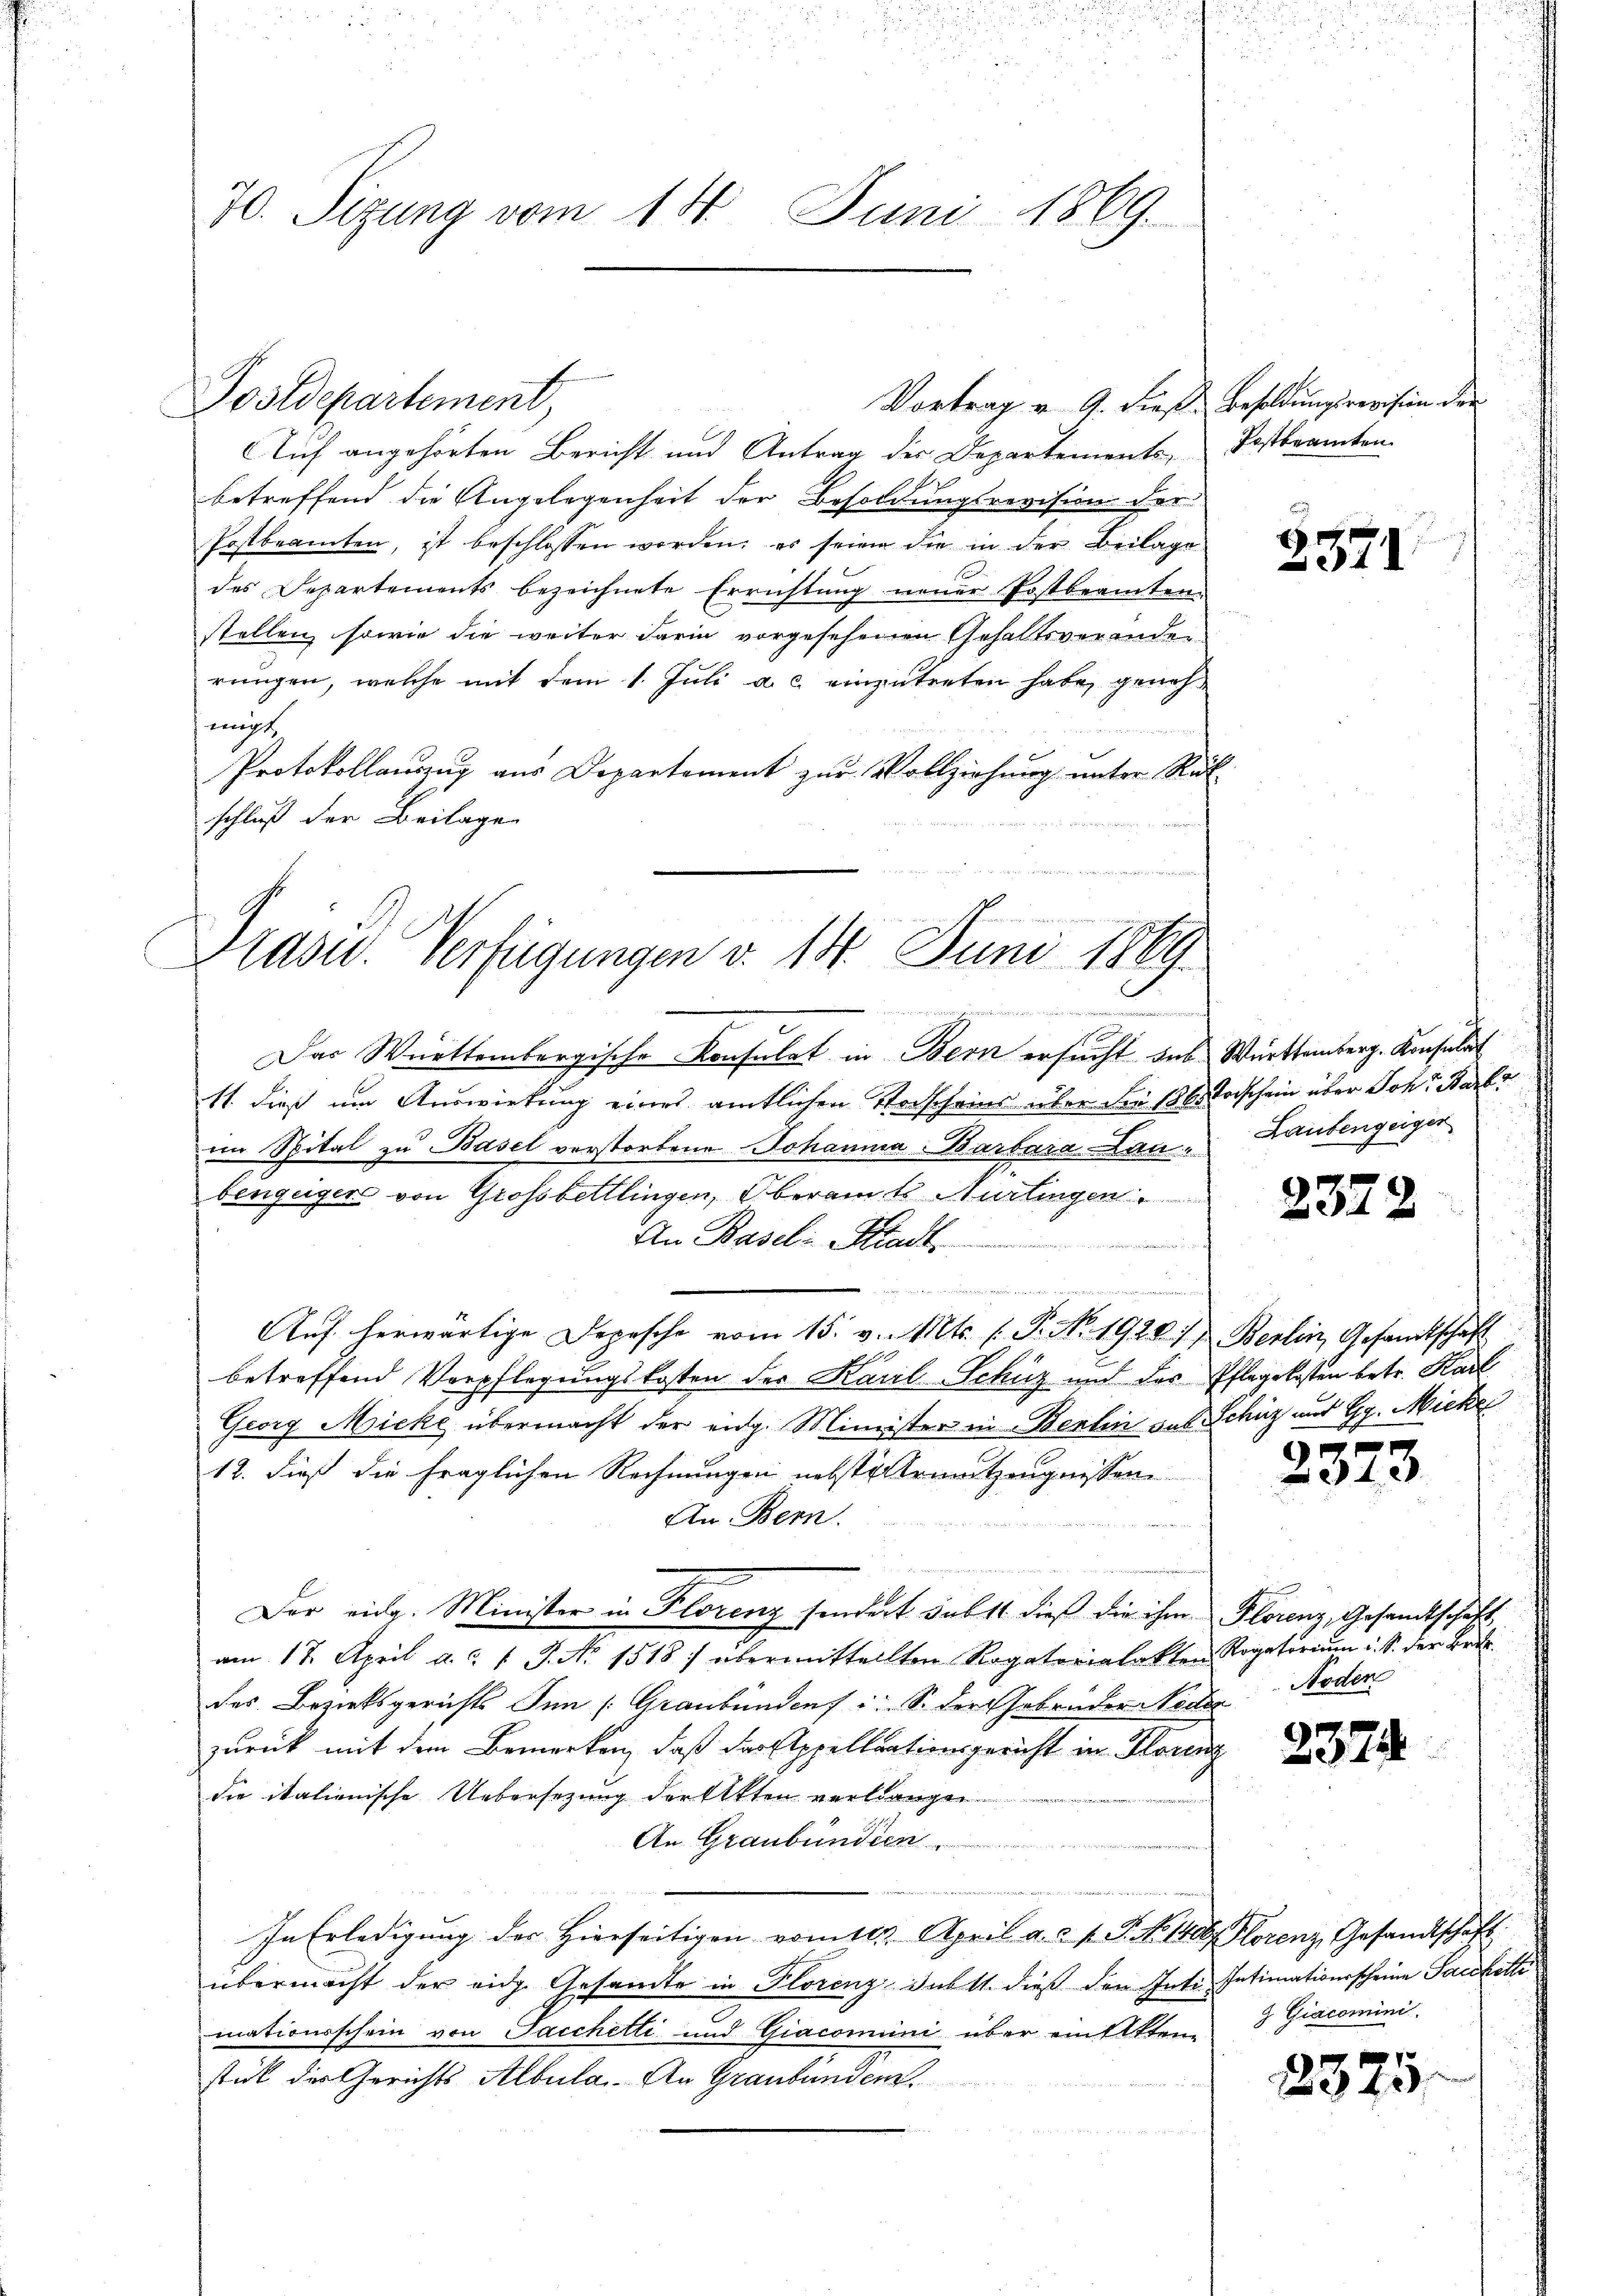
70. Sizung vom 14. Juni 1869.

Postdepartement,

Vortrag u. A. dieß Besoldungsrevision der
lich angehörten Bericht und Antrag des Departements, Festbeamten.
betreffend die Angelegenheit der Besoldungsrevision der
Postbeamten, ist beschlossen worden; es seien die in der Beilage
des Departements bezeichnete Errichtung neuer Postbeamten-
stellen, sowie die weiter darin vorgesehenen Gehaltsverander
rungen, welche mit dem 1. Juli a. c. einzutreten habe, genehmigt.
Protokollanung aus Departement zur Vollziehung unter Rück
schluß der Beilage

Präsid. Verfügungen v. 14. Juni 1889.

Das Württembergische Konsulat in Bern ersucht das Württemberg. Konsulat
11. dieß um Auswirkung eines amtlichen Vorscheins über die 1865 Vorschein über Joh. Karl
im Spital zu Basel verstorbene Johannia-Barbara Lanbengeigers von Grossbettlingen, Oberamts Nürtingen.
An Basel-Kindt

...................
Auf herwärtige Depesche vom 15. v. Mts. (T. No. 1928, Berlin, Gesandtschaft
betreffend Verpflegungskosten der Karil-Schüz und des Pflegekosten betr. Karl
Georg Micke übermacht der eidg. Minister in Benten das Schüz aus G. Mickel
12. dieß die fraglichen Rechnungen nebste Armutzeugnissen
An Bern.
Der eidg. Minister in Florenz sondert dabst dieß die ihm Florenz, Gesandtschaft
am 17. April a. f. J. No. 1518) übermittellten Rogatorialakten Rogatoriŭm u. S. der Brie
des Bezirksgerichts Inn (Graubünden i. S. der Gebrüder Neder
zurück mit dem Bemerken, daß der Appellationsgericht in Florenz
die italienische Uebersezung der Akten verlangen.
An Graubünden
In Erledigung der hierseitigen vom 11. April a. a. f. P. N. 140. Florenz Gesandtschaft
übermacht der eidg. Gesandte in Florenz Juhlt. dieß den Inti-Intimationsscheine Sachetti
mationsschein von Pacchetti und Giacomini über ein Akten
stück der Gerichts Albula. An Graubünden.

2371

Laubengeiger

2372

2373

Noden

2374

3 Giacomini

2375.